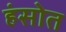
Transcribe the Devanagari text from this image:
हंसोत